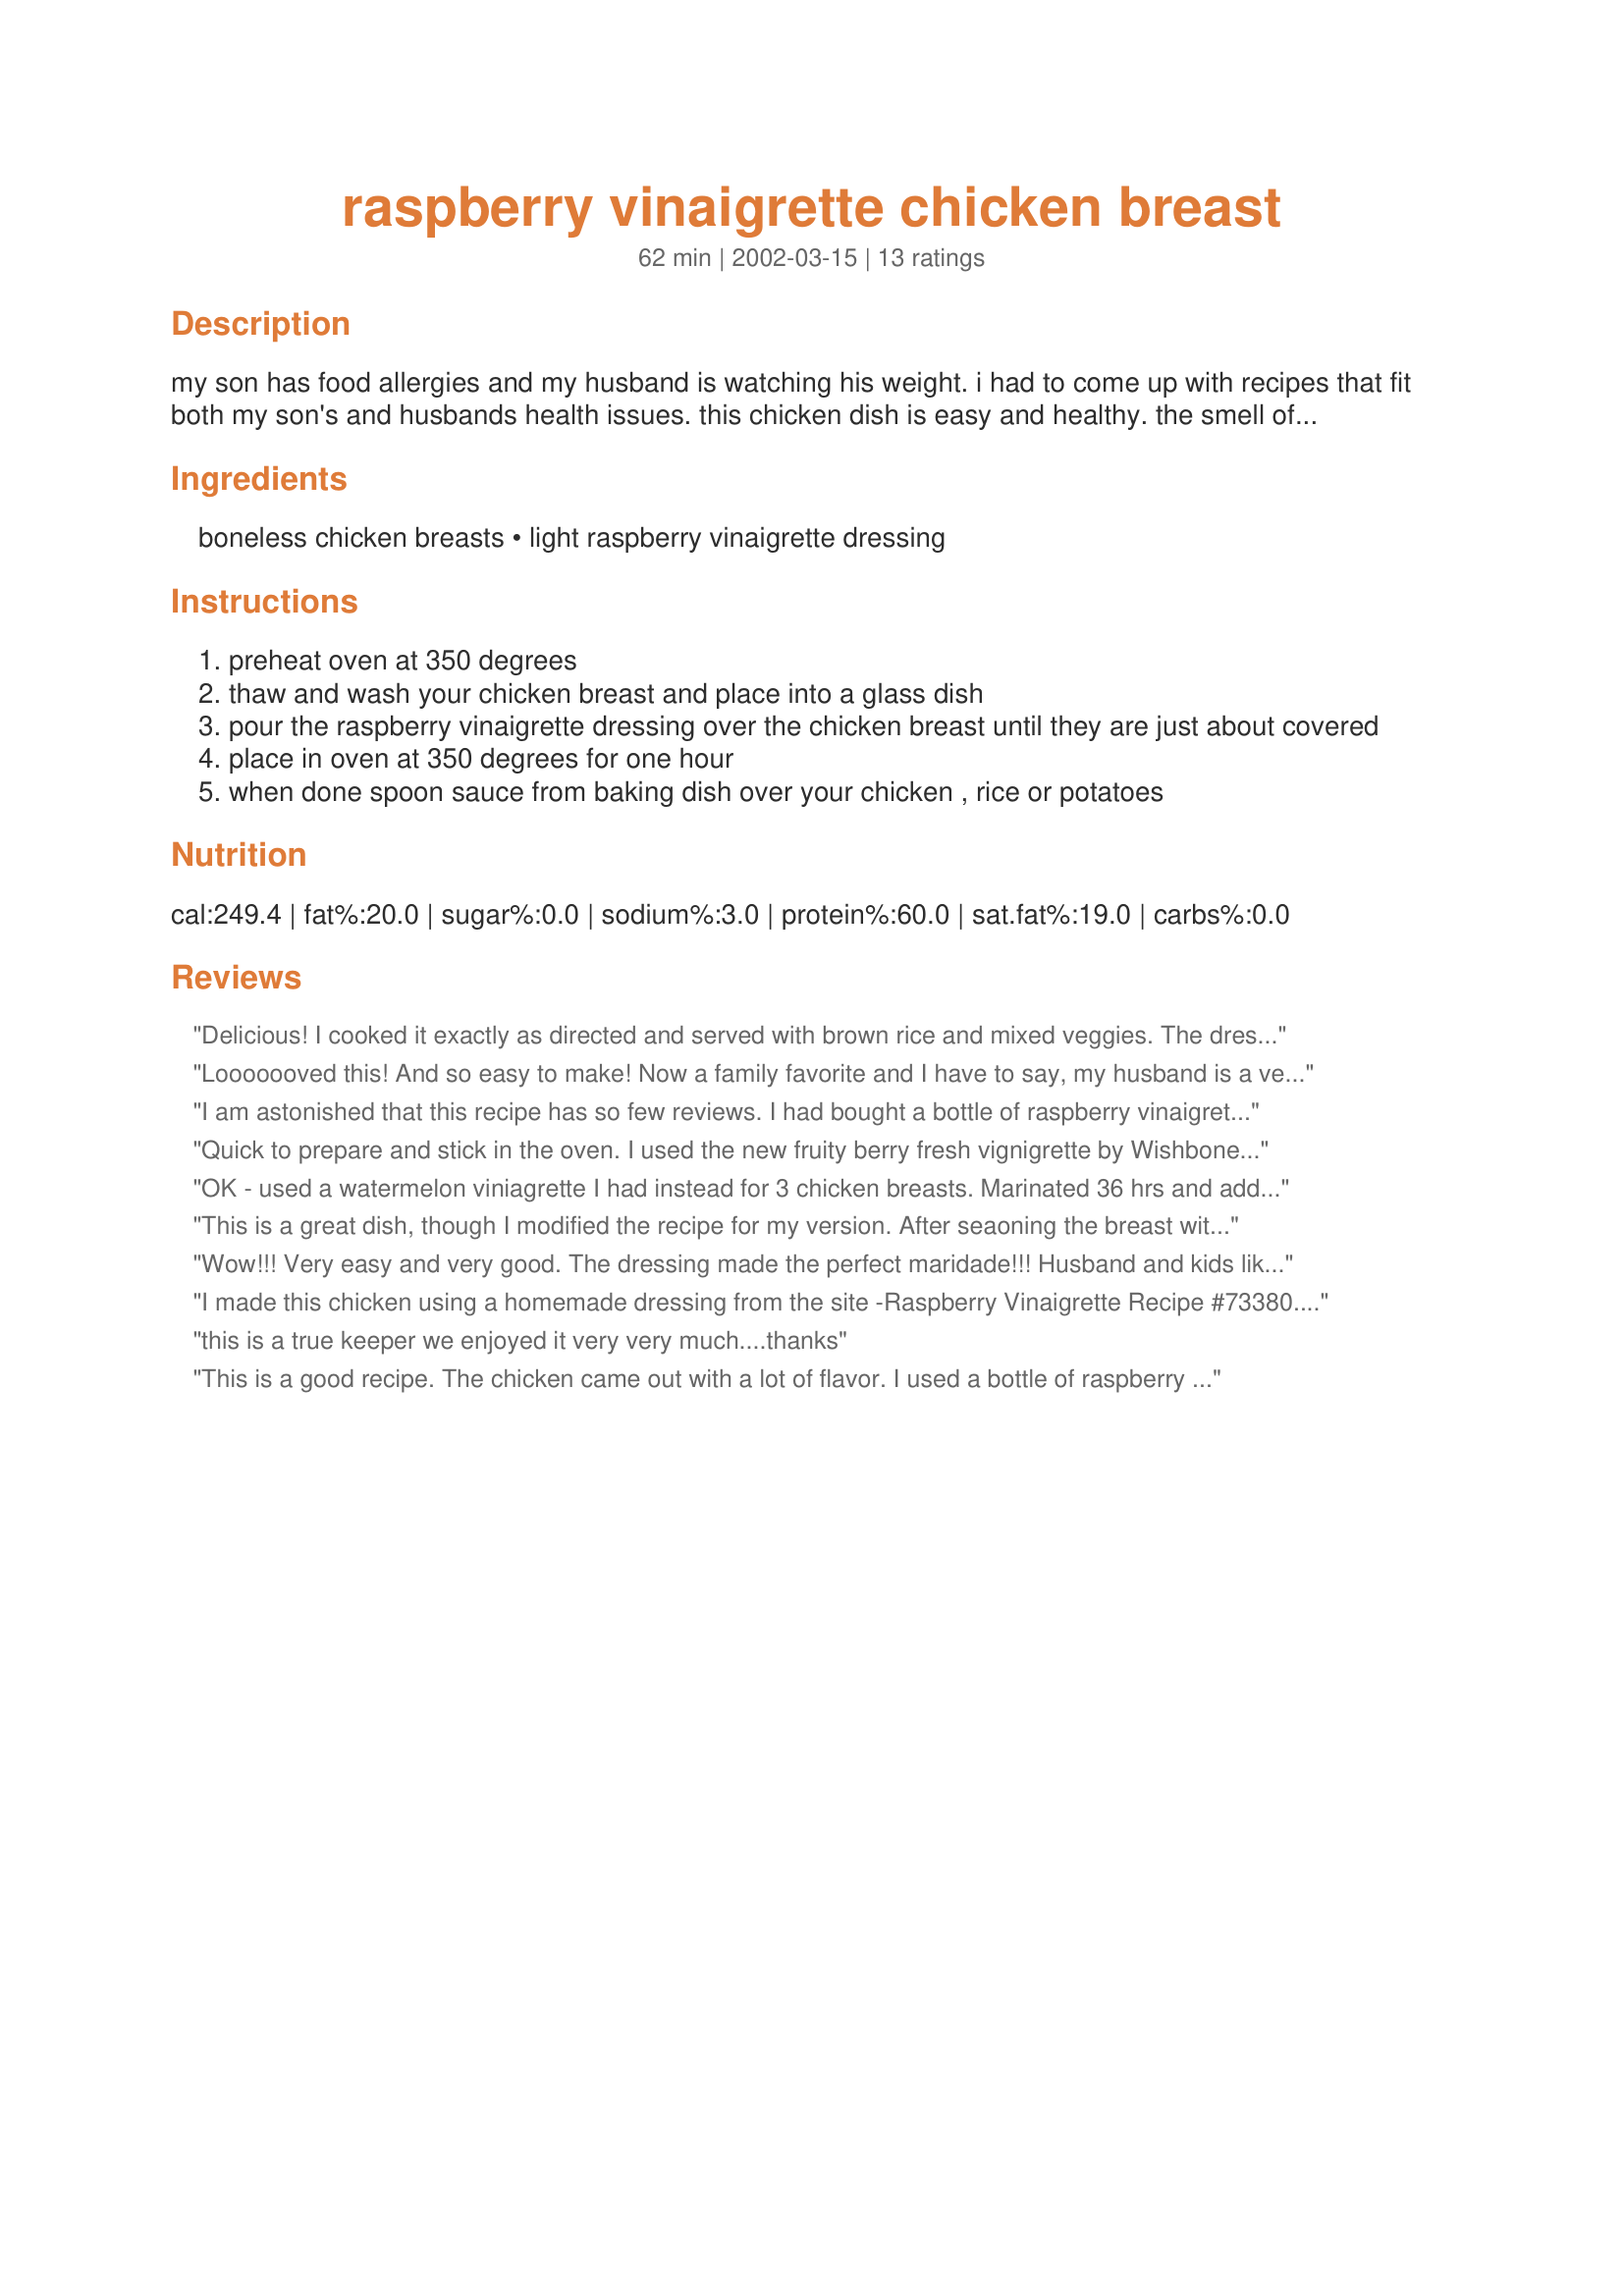
raspberry vinaigrette chicken breast
Preparation time: 62 minutes

my son has food allergies and my husband is watching his weight. i had to come up with recipes that fit both my son's and husbands health issues. this chicken dish is easy and healthy. the smell of the chicken while it cooks is going to make you wish that dinner was done at that moment.

Ingredients:
boneless chicken breasts, light raspberry vinaigrette dressing

Steps:
preheat oven at 350 degrees
thaw and wash your chicken breast and place into a glass dish
pour the raspberry vinaigrette dressing over the chicken breast until they are just about covered
place in oven at 350 degrees for one hour
when done spoon sauce from baking dish over your chicken , rice or potatoes

Reviews:
Delicious! I cooked it exactly as directed and served with brown rice and mixed veggies. The dressing becomes a perfect sauce for both the rice and the chicken. Plus the chicken is really tender, and I cannot believe how easy this was to make!
Looooooved this! And so easy to make! Now a family favorite and I have to say, my husband is a very picky eater and he just gobbles it up ... I love the sauce, Thanks so much!
I am astonished that this recipe has so few reviews. I had bought a bottle of raspberry vinaigrette from a local orchard and needed to find SOMETHING to use it with. This was the first recipe that showed up. Simple, but OH so delicious! I only cooked up one breast because I was leery, but this is the best chicken breast EVER. Will use over and over again!
Quick to prepare and stick in the oven. I used the new fruity berry fresh vignigrette by Wishbone and served it with quinoa made with chicken broth 2 - 1 and cole slaw. I cooked it the full hour and put the sauce from the pan over the chicken and the quinoa. It was a big hit with my family. Thanks for the recipe.
Nursenance
OK - used a watermelon viniagrette I had instead for 3 chicken breasts. Marinated 36 hrs and added onion powder, garlic powder, fennel seeds and paprika. Diced up an onion and added to baking dish with chicken. Baked for 45 minutes. Chicken was moist and tender, but this particular flavor profile might be better suited to fish. Think raspberry marinated chicken would be good in a salad.
This is a great dish, though I modified the recipe for my version. After seaoning the breast with a creole seasoning I quickly browned the breasts in olive oil over high heat. In the same pan I sauteed liced onions and and then baked it all in the oven. Great stuff!!!
Wow!!! Very easy and very good. The dressing made the perfect maridade!!! Husband and kids liked it too!!!
I made this chicken using a homemade dressing from the site -Raspberry Vinaigrette
Recipe #73380. The chicken turned out very moist and had a very light sweet taste. I cubed the chicken and put over a bed of greens, a small clemantine orange, red onion, sliced almonds and the left over dressing. I only made two chicken breasts (I figure 1/2 chicken breast per person) and I had more than enough dressing with some left over for. A very light and yummy summer salad!
this is a true keeper we enjoyed it very very much....thanks
This is a good recipe. The chicken came out with a lot of flavor. I used a bottle of raspberry balsamic that I had in the fridge instead of the Kraft dressing. I put the chicken and dressing in a zip top bag that I froze. 
When ready to cook I thawed overnight in the fridge and baked as directed. I thought an hour was a really long time to cook chicken breasts and started checking them at about 30 minutes. They do take a little longer baking in the sauce, but still didn't take anywhere near an hour.
I added a bit more of raspberry vinegar and it was great. very easy and convenient.
This is fantastic chicken!!! yum yum yum! It was so easy to make and it turned out sooo delicious! This did not need a full hour to cook - mine was done in 40 mins. Also, I let it marinate for about 3 hours in the fridge before putting it in the oven. I'll definatly make this chicken again. Thanks for a great recipe!
I love rasperry vinaigrette, I love trying something new, this just was not for me or dh, who will eat anything
